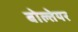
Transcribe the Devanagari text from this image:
बोल्तेयर